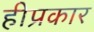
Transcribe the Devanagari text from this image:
हीप्रकार